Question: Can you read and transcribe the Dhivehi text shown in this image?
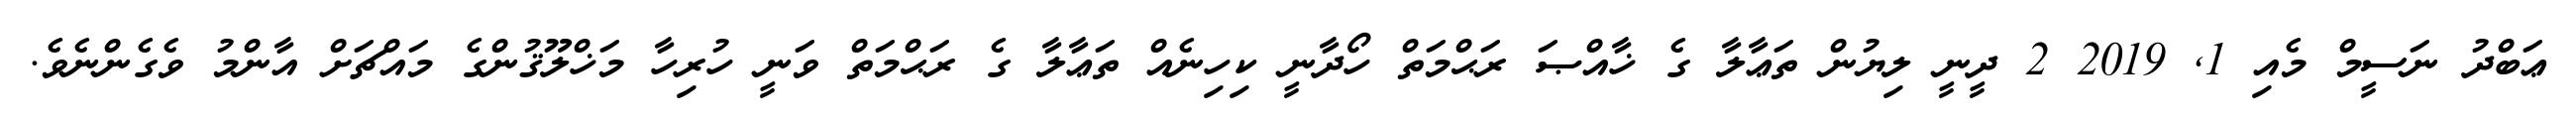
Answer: ޢަބްދު ނަސީމް މެއި 1, 2019 2 ދީނީ ލިޔުން ތަޢާލާ ގެ ޚާއްޞަ ރަޙްމަތް ހޯދާނީ ކިހިނެއް ތަޢާލާ ގެ ރަޙްމަތް ވަނީ ހުރިހާ މަޚްލޫޤުންގެ މައްޗަށް އާންމު ވެގެންނެވެ.